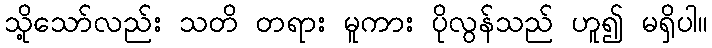
သို့သော်လည်း သတိ တရား မူကား ပိုလွန်သည် ဟူ၍ မရှိပါ။